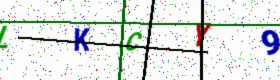
Text: LKCY9